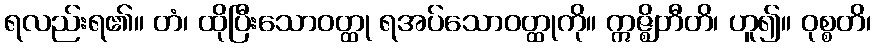
ရလည်းရ၏။ တံ၊ ထိုပြီးသောဝတ္ထု ရအပ်သောဝတ္ထုကို။ ဣဇ္ဈိတီတိ၊ ဟူ၍။ ဝုစ္စတိ၊